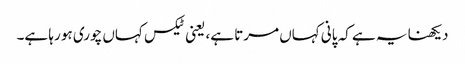
دیکھنا یہ ہے کہ پانی کہاں مرتا ہے، یعنی ٹیکس کہاں چوری ہو رہا ہے۔